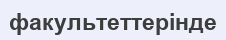
факультеттерінде